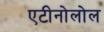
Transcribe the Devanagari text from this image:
एटीनोलोल